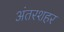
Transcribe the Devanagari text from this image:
अंतरशहर